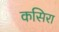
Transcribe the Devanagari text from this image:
कसिरा